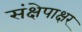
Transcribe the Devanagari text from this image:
संक्षेपाक्षर